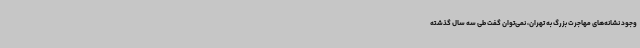
وجود نشانه‌های مهاجرت بزرگ به تهران، نمی‌توان گفت طی سه سال گذشته